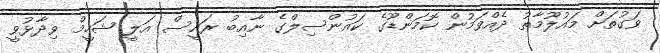
ވަގުތަށް މައުލޫމާތު ދެއްވަމުން ކޮމަންޑޫގެ ކައުންސިލްގެ ނާއިބު ރައީސް އަލީ ޝަހީމް ވިދާޅުވީ